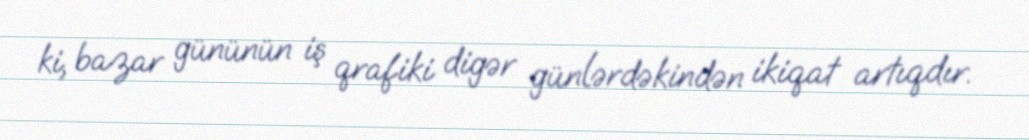
ki, bazar gününün iş qrafiki digər günlərdəkindən ikiqat artıqdır.